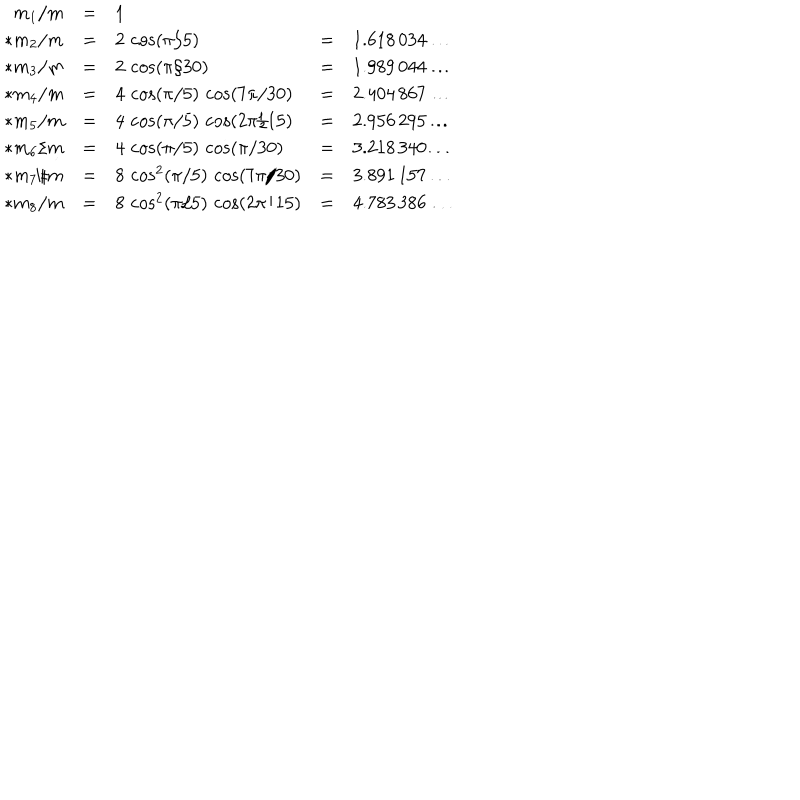
\begin{array} { r c l c l } { { m _ { 1 } / m } } & { { = } } & { { 1 } } & { { } } & { { } } \\ { { * m _ { 2 } / m } } & { { = } } & { { 2 \, \cos ( \pi / 5 ) } } & { { = } } & { { 1 . 6 1 8 \, 0 3 4 \ldots } } \\ { { * m _ { 3 } / m } } & { { = } } & { { 2 \, \cos ( \pi / 3 0 ) } } & { { = } } & { { 1 . 9 8 9 \, 0 4 4 \ldots } } \\ { { * m _ { 4 } / m } } & { { = } } & { { 4 \, \cos ( \pi / 5 ) \, \cos ( 7 \pi / 3 0 ) } } & { { = } } & { { 2 . 4 0 4 \, 8 6 7 \ldots } } \\ { { * m _ { 5 } / m } } & { { = } } & { { 4 \, \cos ( \pi / 5 ) \, \cos ( 2 \pi / 1 5 ) } } & { { = } } & { { 2 . 9 5 6 \, 2 9 5 \ldots } } \\ { { * m _ { 6 } / m } } & { { = } } & { { 4 \, \cos ( \pi / 5 ) \, \cos ( \pi / 3 0 ) } } & { { = } } & { { 3 . 2 1 8 \, 3 4 0 \ldots } } \\ { { * m _ { 7 } / m } } & { { = } } & { { 8 \, \cos ^ { 2 } ( \pi / 5 ) \, \cos ( 7 \pi / 3 0 ) } } & { { = } } & { { 3 . 8 9 1 \, 1 5 7 \ldots } } \\ { { * m _ { 8 } / m } } & { { = } } & { { 8 \, \cos ^ { 2 } ( \pi / 5 ) \, \cos ( 2 \pi / 1 5 ) } } & { { = } } & { { 4 . 7 8 3 \, 3 8 6 \ldots } } \\ \end{array}